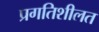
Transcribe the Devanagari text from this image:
प्रगतिशीलत